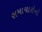
સમાચારોનો